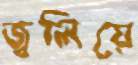
জ্বলিয়ে